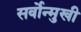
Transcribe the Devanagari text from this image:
सर्वोन्मुखी